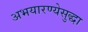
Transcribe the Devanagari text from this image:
अभयारण्येसुद्धा